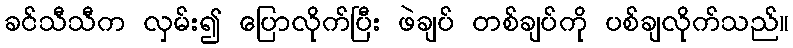
ခင်သီသီက လှမ်း၍ ပြောလိုက်ပြီး ဖဲချပ် တစ်ချပ်ကို ပစ်ချလိုက်သည်။